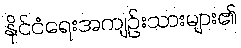
နိုင်ငံရေးအကျဉ်းသားများ၏